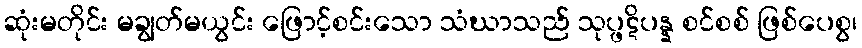
ဆုံးမတိုင်း မချွတ်မယွင်း ဖြောင့်စင်းသော သံဃာသည် သုပ္ဖဋိပန္န စင်စစ် ဖြစ်ပေစွ၊